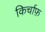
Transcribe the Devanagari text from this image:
किर्चाफ़